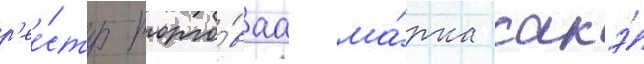
р'ее́стр торго́ваа ма́рка сакэ́